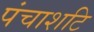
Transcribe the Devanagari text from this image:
पंचाशटि